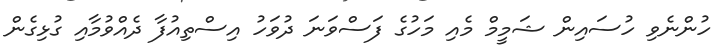
ހުންނެވި ހުސައިން ޝަމީމް މެއި މަހުގެ ފަސްވަނަ ދުވަހު އިސްތިއުފާ ދެއްވުމާއި ގުޅިގެން